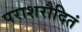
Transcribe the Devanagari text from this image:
पराशरौदितं